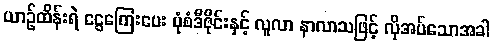
ယာဉ်ထိန်းရဲ ငွေကြေးပေး ပုံစံဒီဇိုင်းနှင့် လူလာ နာလာသဖြင့် လိုအပ်သောအခါ